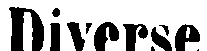
Diverse.